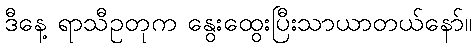
ဒီနေ့ ရာသီဥတုက နွေးထွေးပြီးသာယာတယ်နော်။